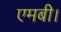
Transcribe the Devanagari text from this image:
एमबी।